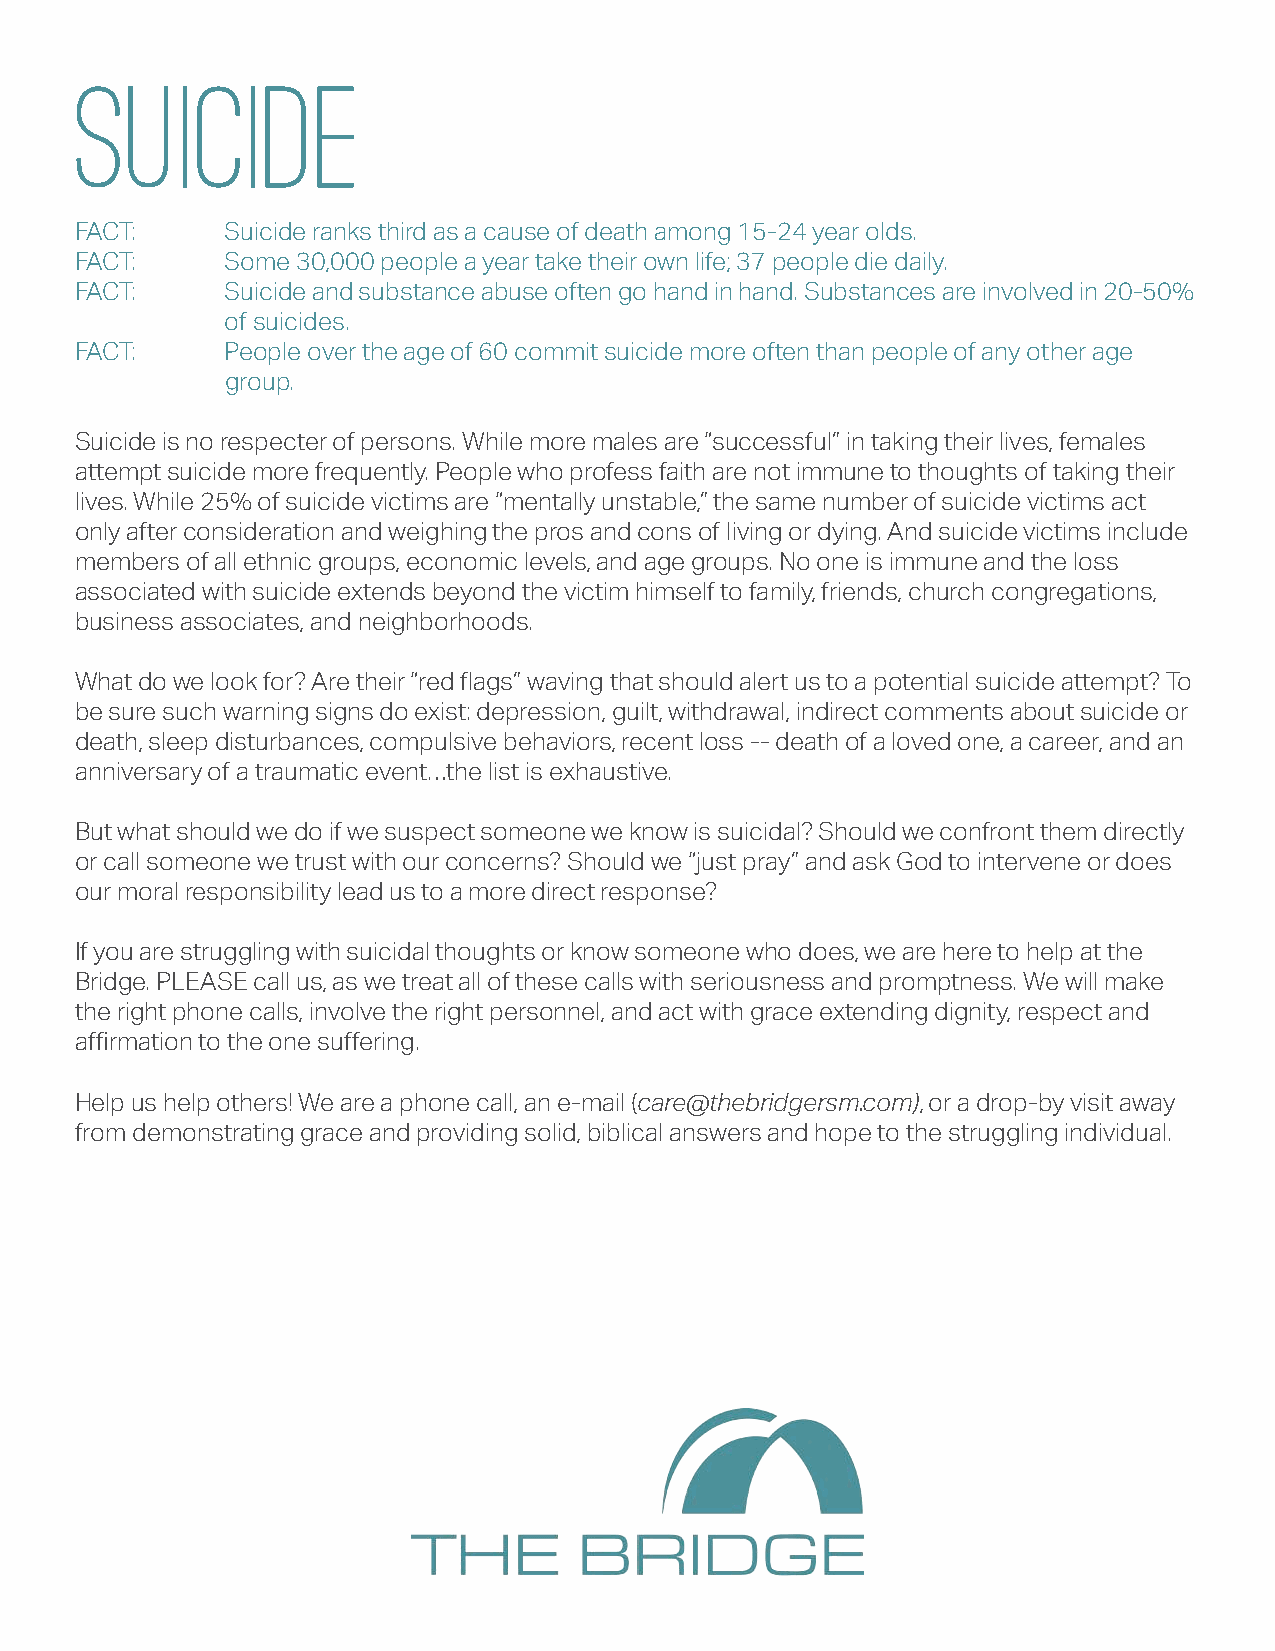
suicide
 FACT:     Suicide ranks third as a cause of death among 15-24 year olds.
 FACT:     Some 30,000 people a year take their own life; 37 people die daily.
 FACT:     Suicide and substance abuse often go hand in hand. Substances are involved in 20-50%
 of suicides.
 FACT:     People over the age of 60 commit suicide more often than people of any other age
 group.
 Suicide is no respecter of persons. While more males are “successful” in taking their lives, females
 attempt suicide more frequently. People who profess faith are not immune to thoughts of taking their
 lives. While 25% of suicide victims are “mentally unstable,” the same number of suicide victims act
 only after consideration and weighing the pros and cons of living or dying. And suicide victims include
 members of all ethnic groups, economic levels, and age groups. No one is immune and the loss
 associated with suicide extends beyond the victim himself to family, friends, church congregations,
 business associates, and neighborhoods.
 What do we look for? Are their “red flags” waving that should alert us to a potential suicide attempt? To
 be sure such warning signs do exist: depression, guilt, withdrawal, indirect comments about suicide or
 death, sleep disturbances, compulsive behaviors, recent loss -- death of a loved one, a career, and an
 anniversary of a traumatic event…the list is exhaustive.
 But what should we do if we suspect someone we know is suicidal? Should we confront them directly
 or call someone we trust with our concerns? Should we “just pray” and ask God to intervene or does
 our moral responsibility lead us to a more direct response?
 If you are struggling with suicidal thoughts or know someone who does, we are here to help at the
 Bridge. PLEASE call us, as we treat all of these calls with seriousness and promptness. We will make
 the right phone calls, involve the right personnel, and act with grace extending dignity, respect and
 affirmation to the one suffering.
 Help us help others! We are a phone call, an e-mail (care@thebridgersm.com), or a drop-by visit away
 from demonstrating grace and providing solid, biblical answers and hope to the struggling individual.